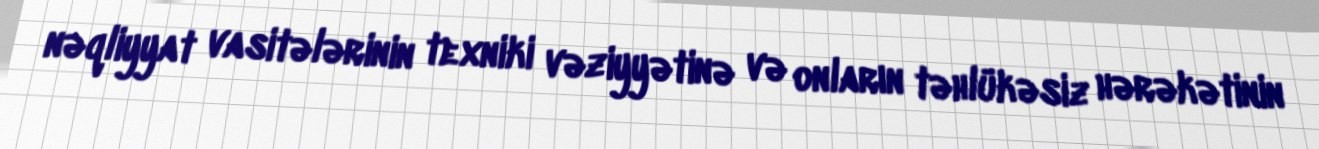
nəqliyyat vasitələrinin texniki vəziyyətinə və onların təhlükəsiz hərəkətinin